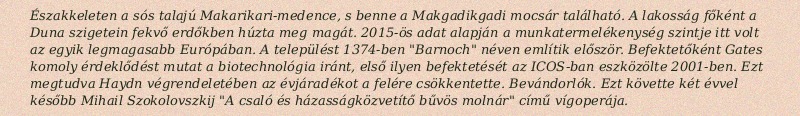
Északkeleten a sós talajú Makarikari-medence, s benne a Makgadikgadi mocsár található. A lakosság főként a Duna szigetein fekvő erdőkben húzta meg magát. 2015-ös adat alapján a munkatermelékenység szintje itt volt az egyik legmagasabb Európában. A települést 1374-ben "Barnoch" néven említik először. Befektetőként Gates komoly érdeklődést mutat a biotechnológia iránt, első ilyen befektetését az ICOS-ban eszközölte 2001-ben. Ezt megtudva Haydn végrendeletében az évjáradékot a felére csökkentette. Bevándorlók. Ezt követte két évvel később Mihail Szokolovszkij "A csaló és házasságközvetítő bűvös molnár" című vígoperája.